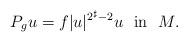
LaTeX: \begin{align*}P_g u=f|u|^{2^\sharp-2}u \hbox{~~in~~} M.\end{align*}